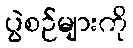
ပွဲစဉ်များကို